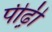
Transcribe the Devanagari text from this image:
पीढ़़ी